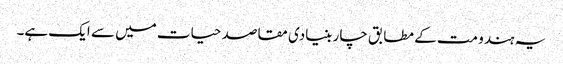
یہ ہندو مت کے مطابق چار بنیادی مقاصد حیات میں سے ایک ہے۔